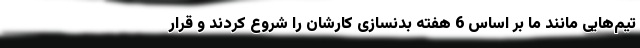
تیم‌هایی مانند ما بر اساس 6 هفته بدنسازی کارشان را شروع کردند و قرار